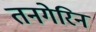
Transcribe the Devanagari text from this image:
तनगेरिन